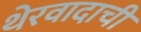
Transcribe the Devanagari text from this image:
थेरवादाची